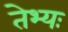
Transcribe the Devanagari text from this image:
तेभ्यः